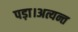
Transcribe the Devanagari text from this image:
पड़ा।अत्यन्त